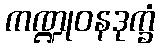
ကဏ္ဍုဝနဒုက္ခံ